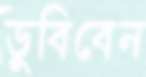
ডুবিবেন